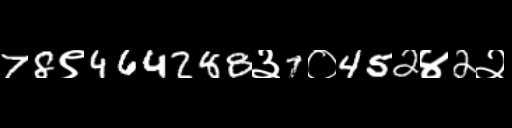
Text: 78९464288३7०452४2२